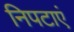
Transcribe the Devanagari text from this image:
निपटाएं